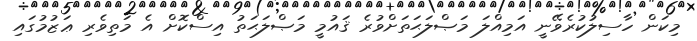
މިކަން ހާސިލުކުރެވޭނީ އަމިއްލަ މަޞްލަޙަތަށްވުރެ ޤައުމީ މަޞްލަޙަތު އިސްކޮށް އެ މަތިވެރި ޢަޒުމުގައި